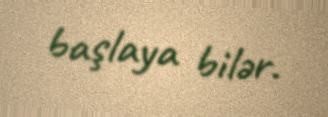
başlaya bilər.